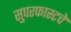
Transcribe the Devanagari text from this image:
सुपरफास्टचे